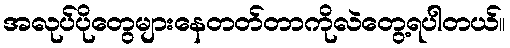
အလုပ်ပိုတွေများနေတတ်တာကိုလဲတွေ့ရပါတယ်။